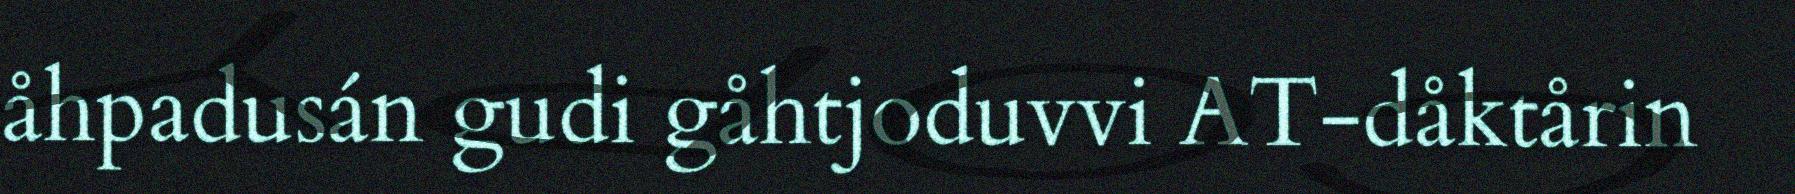
åhpadusán gudi gåhtjoduvvi AT-dåktårin